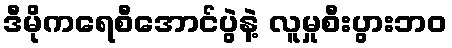
ဒီမိုကရေစီအောင်ပွဲနဲ့ လူမှုစီးပွားဘဝ